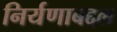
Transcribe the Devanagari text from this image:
निर्यणाबद्दल